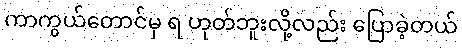
ကာကွယ်တောင်မှ ရ ဟုတ်ဘူးလို့လည်း ပြောခဲ့တယ်